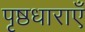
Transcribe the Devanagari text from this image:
पृष्ठधाराएँ